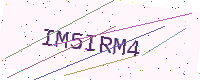
Text: IM5IRM4